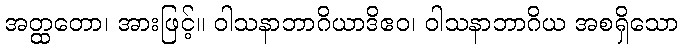
အတ္ထတော၊ အားဖြင့်။ ဝါသနာဘာဂိယာဒိဧဝ၊ ဝါသနာဘာဂိယ အစရှိသော